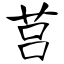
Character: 莒